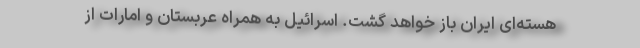
هسته‌ای ایران باز خواهد گشت. اسرائیل به همراه عربستان و امارات از